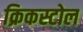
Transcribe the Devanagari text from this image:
क्रिकस्टोल